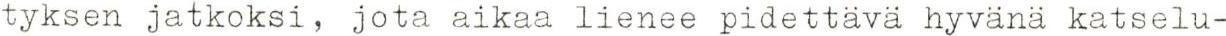
tyksen jatkoksi, jota aikaa lienee pidettävä hyvänä katselu-